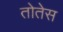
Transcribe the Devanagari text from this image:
तोतेस